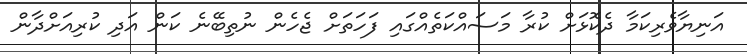
އަނިޔާވެރިކަމާ ދެކޮޅަށް ކުރާ މަސައްކަތެއްގައި ފަހަތަށް ޖެހެން ނުތިބޭނެ ކަން އަދި ކުރިއަށްދާން